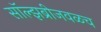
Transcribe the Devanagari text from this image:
सॉल्झब्रीजवळच